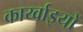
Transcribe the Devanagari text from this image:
कार्य्वाइयों